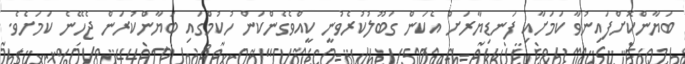
ބަޔާންކޮށްފައިނުވާ ކަމަށާއި ފަނޑިޔާރަށް އެކަން ގަބޫލުކުރެވުނީ ކީއްވެގެންކަން ހުކުމްގައި ބަޔާންކުރަން ޖެހޭނެ ކަމަށެވެ.